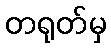
တရုတ်မှ